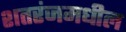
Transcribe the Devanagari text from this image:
शतरंजमधील